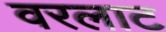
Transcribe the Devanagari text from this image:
वरलाट